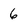
Character: 6